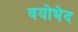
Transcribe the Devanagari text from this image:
वयोभेद